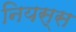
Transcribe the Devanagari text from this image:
नियस्स